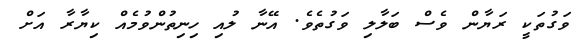
ވަގުތަކީ ރަޔާން ވެސް ބަލާލި ވަގުތެވެ. އޭނާ ލުއި ހިނިތުންވުމެއް ކިޔާރާ އަށް